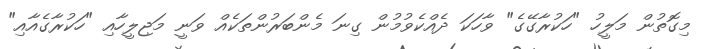
މިގޮތުން މަލީހު "ހަކުރާގޭގެ" ވާހަކަ ދެއްކެވުމުން ގިނަ މެންބަރުންތަކެއް ވަނީ މަޖިލީހާއި "ހަކުރާގެއާއި"